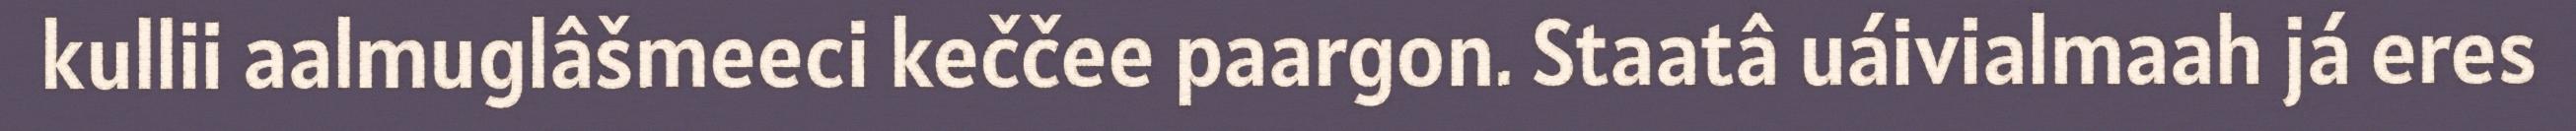
kullii aalmuglâšmeeci keččee paargon. Staatâ uáivialmaah já eres